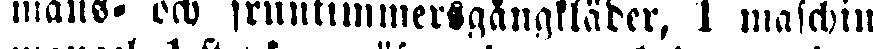
mans- och fruntimmersgångkläder, 1 maschin